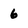
Character: 6